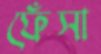
ফেঁসা